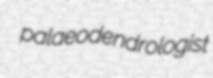
palaeodendrologist